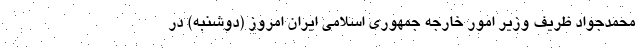
محمدجواد ظریف وزیر امور خارجه جمهوری اسلامی ایران امروز (دوشنبه) در